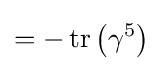
=-\operatorname {tr} \left(\gamma ^{5}\right)